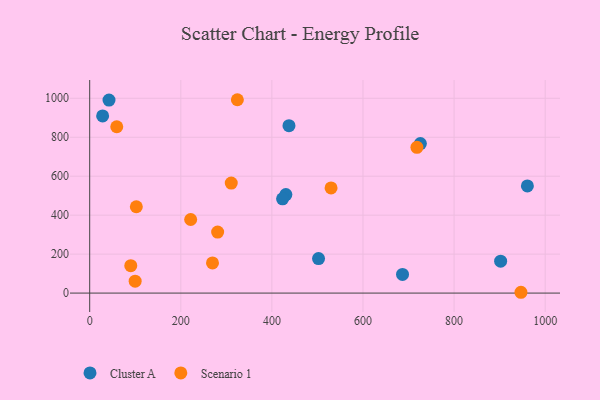
{"axis": {"x": "Price", "y": "Profit"}, "legend": ["Cluster A", "Scenario 1"], "data": [{"x": "430.7", "y": 505.6, "type": "Cluster A"}, {"x": "423.4", "y": 484.1, "type": "Cluster A"}, {"x": "42.4", "y": 990.6, "type": "Cluster A"}, {"x": "502.4", "y": 177.1, "type": "Cluster A"}, {"x": "437.5", "y": 859.4, "type": "Cluster A"}, {"x": "28.4", "y": 909.6, "type": "Cluster A"}, {"x": "686.8", "y": 96.0, "type": "Cluster A"}, {"x": "960.9", "y": 549.9, "type": "Cluster A"}, {"x": "902.2", "y": 163.6, "type": "Cluster A"}, {"x": "726.0", "y": 767.5, "type": "Cluster A"}, {"x": "718.4", "y": 748.4, "type": "Scenario 1"}, {"x": "529.9", "y": 539.9, "type": "Scenario 1"}, {"x": "280.9", "y": 313.0, "type": "Scenario 1"}, {"x": "221.7", "y": 377.7, "type": "Scenario 1"}, {"x": "90.2", "y": 140.7, "type": "Scenario 1"}, {"x": "946.8", "y": 4.2, "type": "Scenario 1"}, {"x": "99.8", "y": 61.3, "type": "Scenario 1"}, {"x": "269.6", "y": 155.1, "type": "Scenario 1"}, {"x": "59.4", "y": 854.0, "type": "Scenario 1"}, {"x": "102.4", "y": 443.3, "type": "Scenario 1"}, {"x": "324.2", "y": 992.6, "type": "Scenario 1"}, {"x": "310.8", "y": 564.9, "type": "Scenario 1"}]}